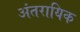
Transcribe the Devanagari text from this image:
अंतरायिक